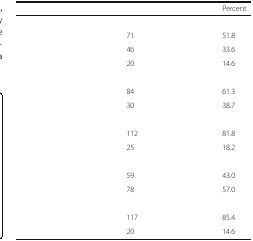
<table><thead><tr><td>[EMPTY_CELL]</td><td>[EMPTY_CELL]</td><td><b>Percent</b></td></tr></thead><tbody><tr><td colspan="3">[EMPTY_CELL]</td></tr><tr><td>[EMPTY_CELL]</td><td>71</td><td>51.8</td></tr><tr><td>[EMPTY_CELL]</td><td>46</td><td>33.6</td></tr><tr><td>[EMPTY_CELL]</td><td>20</td><td>14.6</td></tr><tr><td colspan="3">[EMPTY_CELL]</td></tr><tr><td>[EMPTY_CELL]</td><td>84</td><td>61.3</td></tr><tr><td>[EMPTY_CELL]</td><td>30</td><td>38.7</td></tr><tr><td colspan="3">[EMPTY_CELL]</td></tr><tr><td>[EMPTY_CELL]</td><td>112</td><td>81.8</td></tr><tr><td>[EMPTY_CELL]</td><td>25</td><td>18.2</td></tr><tr><td colspan="3">[EMPTY_CELL]</td></tr><tr><td>[EMPTY_CELL]</td><td>59</td><td>43.0</td></tr><tr><td>[EMPTY_CELL]</td><td>78</td><td>57.0</td></tr><tr><td colspan="3">[EMPTY_CELL]</td></tr><tr><td>[EMPTY_CELL]</td><td>117</td><td>85.4</td></tr><tr><td>[EMPTY_CELL]</td><td>20</td><td>14.6</td></tr></tbody></table>